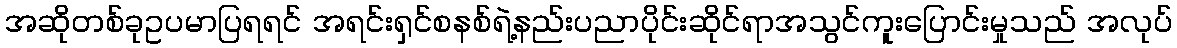
အဆိုတစ်ခုဥပမာပြရရင် အရင်းရှင်စနစ်ရဲ့နည်းပညာပိုင်းဆိုင်ရာအသွင်ကူးပြောင်းမှုသည် အလုပ်